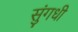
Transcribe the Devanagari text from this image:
सुंगधी